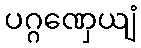
ပဂ္ဂဏှေယျံ